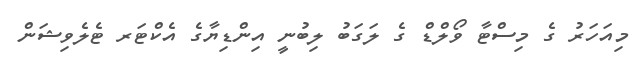
މިއަހަރު ގެ މިސްޓާ ވޯލްޑް ގެ ލަގަބު ލިބުނީ އިންޑިޔާގެ އެކްޓަރ ޓެލެވިޝަން